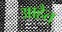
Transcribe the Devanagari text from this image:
आहैत्